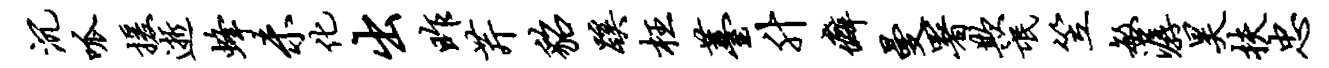
沉呱援逝蜂未化出昨芹貂蹊枉薹升癖曼署欺氓笠敏潺昊扶忠